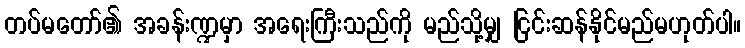
တပ်မတော်၏ အခန်းဏ္ဍမှာ အရေးကြီးသည်ကို မည်သို့မျှ ငြင်းဆန်နိုင်မည်မဟုတ်ပါ။